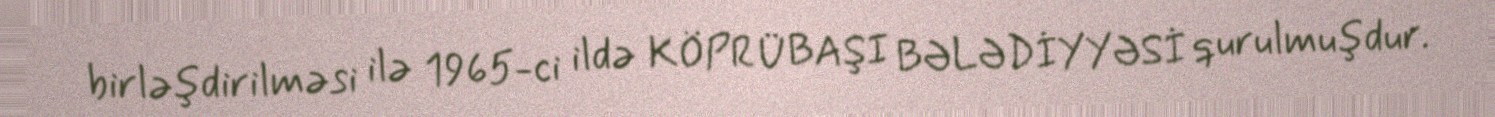
birləşdirilməsi ilə 1965-ci ildə KÖPRÜBAŞI BƏLƏDİYYƏSİ qurulmuşdur.